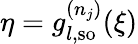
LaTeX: \eta=g_{l,\mathrm{{so}}}^{(n_{j})}(\xi)